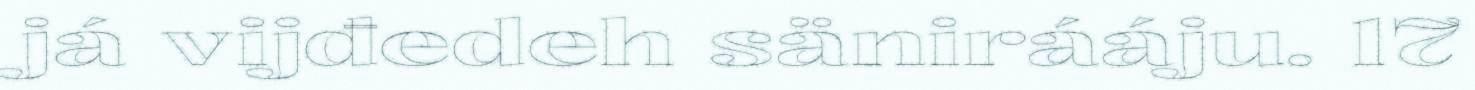
já vijđedeh sänirááju. 17